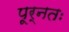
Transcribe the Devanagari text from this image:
पूर्नतः